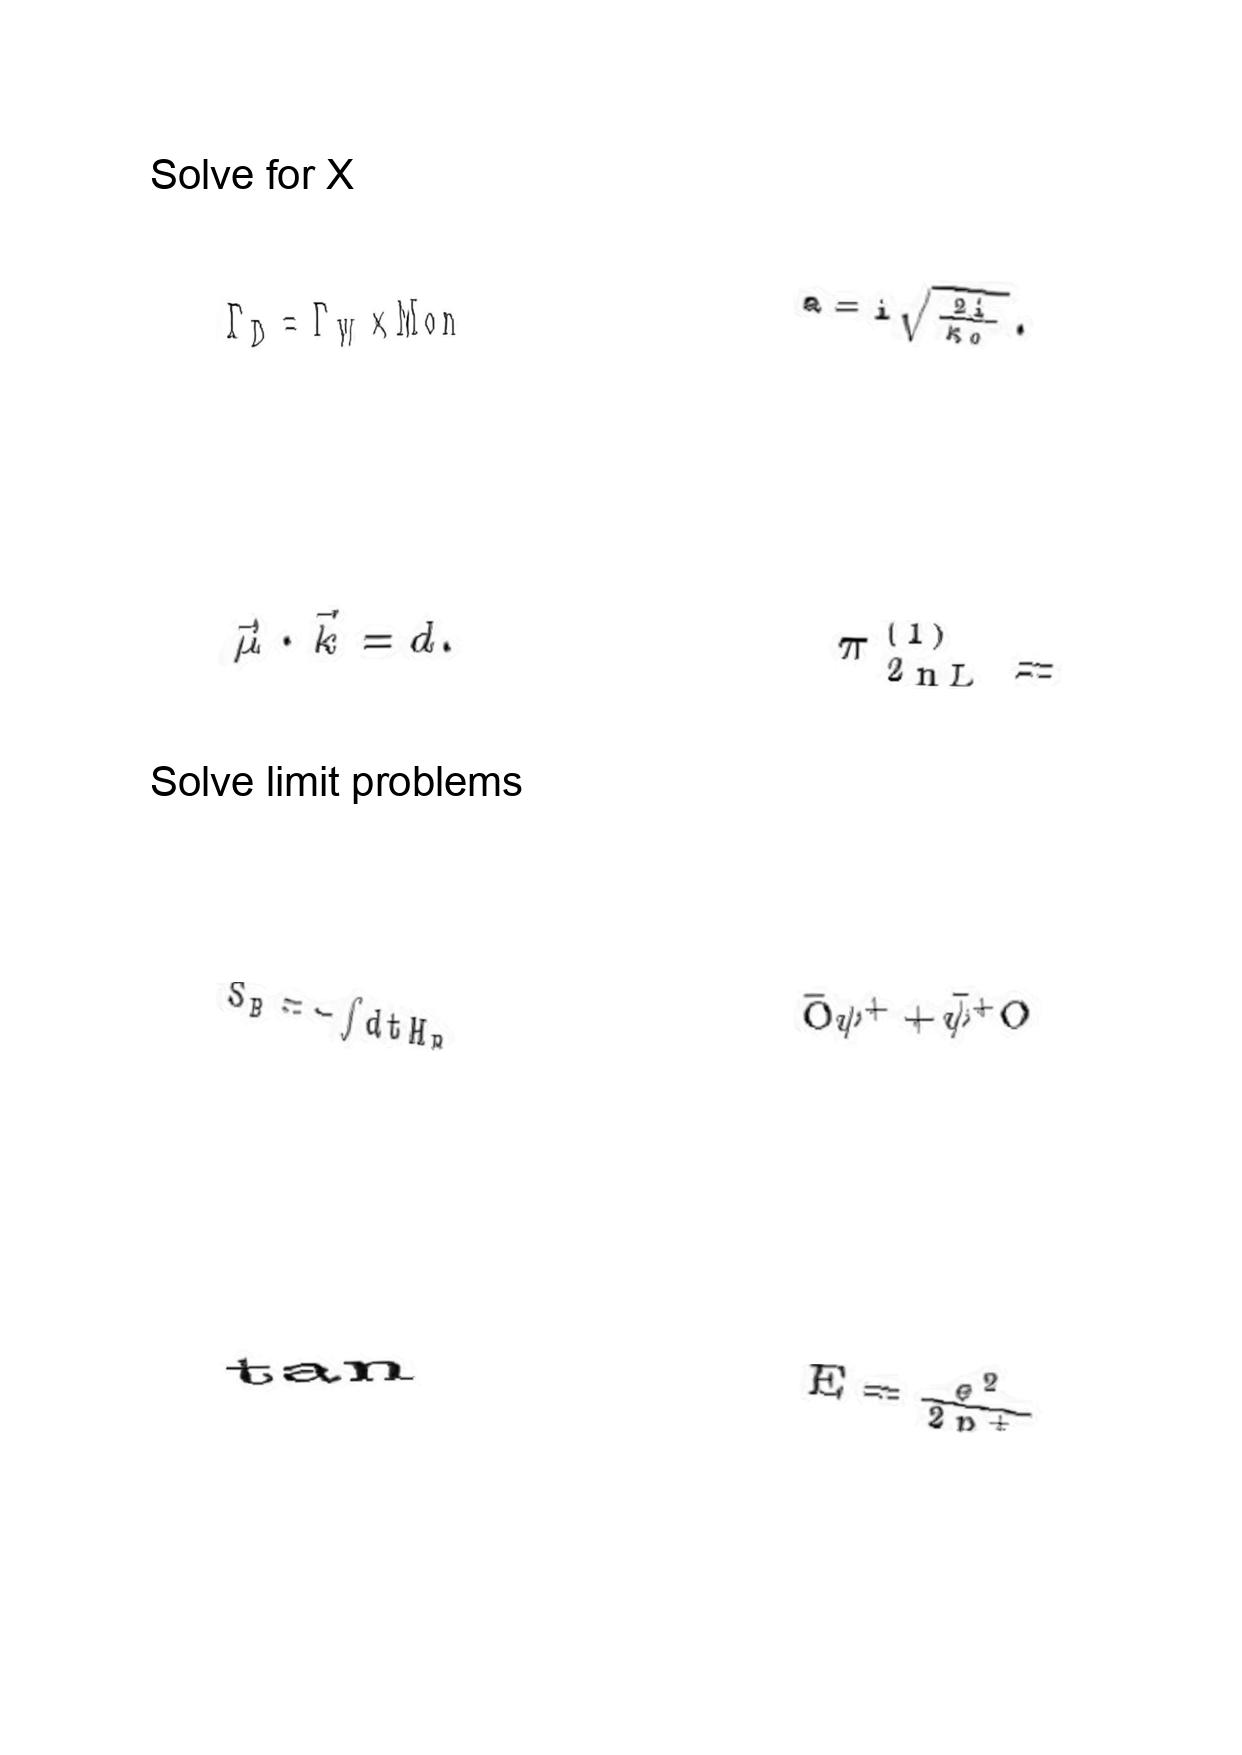
LaTeX transcription:
\Gamma _ { D } = \Gamma _ { W } \times M o n
\vec { \mu } \cdot \vec { k } = d .
S _ { B } = - \int d t H _ { B }
\tan
a = i \sqrt { \frac { 2 i } { \kappa _ { 0 } } } .
\pi _ { 2 n L } ^ { \lparen 1 \rparen } =
\bar { O } \psi ^ { + } + \bar { \psi } ^ { + } O
E = \frac { e ^ { 2 } } { 2 p ^ { + } }